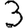
Digit: 3